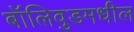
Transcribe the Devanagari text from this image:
बॉलिवुडमधील